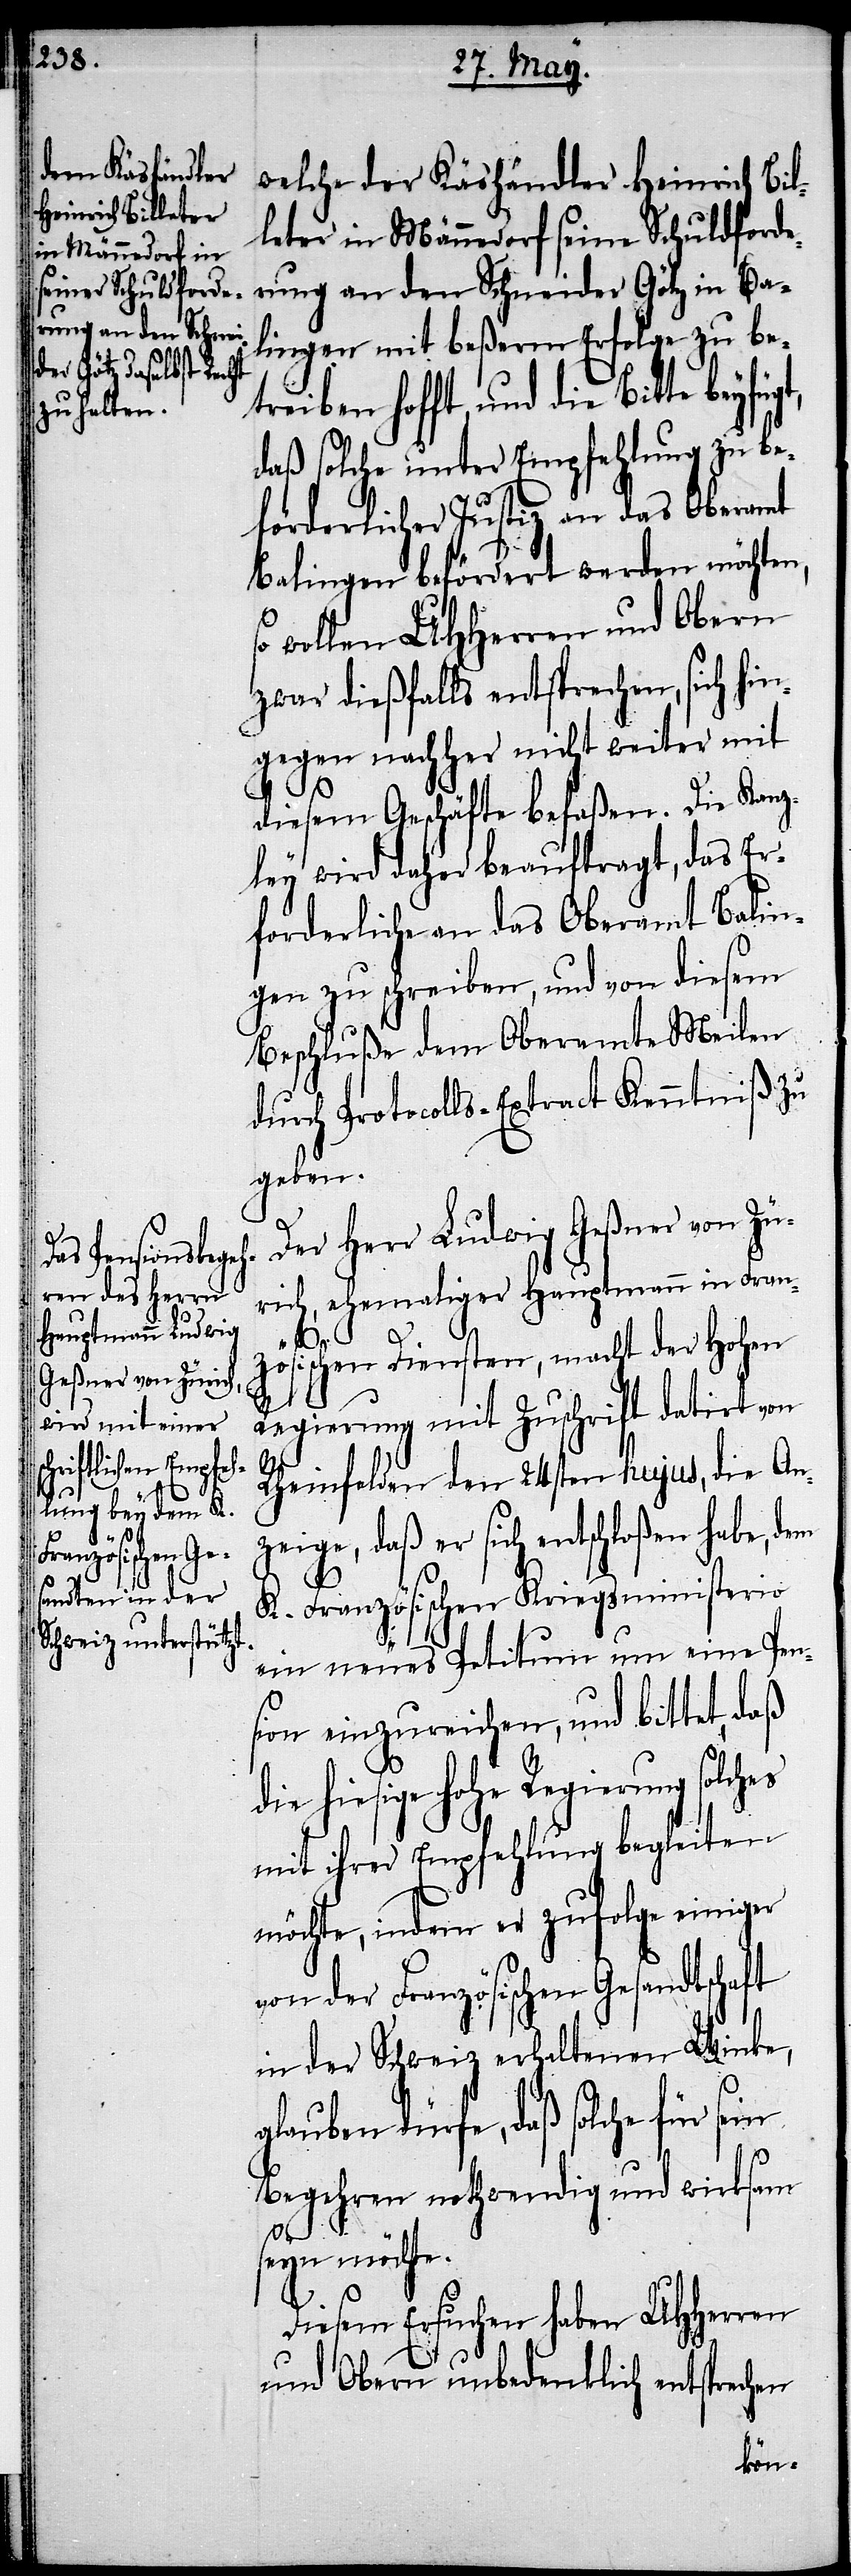
welche der Käshändler Heinrich Bil¬
leter in Männedorf seine Schuldforde¬
rung an den Schneider Götz in Ba¬
lingen mit beßerm Erfolge zu be¬
treiben hofft, und die Bitte
daß solche unter Empfehlung zu be¬
förderlicher Justiz an das Oberamt
Balingen befördert werden möchten,
o wollen UHHerren und Obern
zwar dießfalls entsprechen, sich hin¬
gegen nachher nicht weiter mit
diesem Geschäfte befaßen. Die Kanz¬
ley wird daher beauftragt, das Er¬
forderliche an das Oberamt Balin¬
gen zu schreiben, und von diesem
Beschluße dem Oberamte Meilen
durch Protocolls-Extract Kenntniß zu
geben.
Der Herr Ludwig Geßner von Zü¬
rich, ehemaliger Hauptmann in Fran¬
ze¬
zösischen Diensten, macht der Hohen
Regierung mit Zuschrift datirt von
Rheinfelden den 24sten hujus, die An¬
ige, daß er sich entschloßen habe,
K. Französischen Kriegsministerio
ein neues Petitum um eine Pen¬
sion einzureichen, und bittet, daß
die hiesige Hohe Regierung solches
mit ihrer Empfehlung begleiten
möchte, indem er zufolge einiger
von der Französischen Gesandtschaft
in der Schweiz erhaltenen Winke,
glauben dürfe, daß solche für sein
Begehren nothwendig und wirksam
s¬
seyn möchte.
Diesem Ersuchen haben UHHerren
und Obern unbedenklich entsprechen